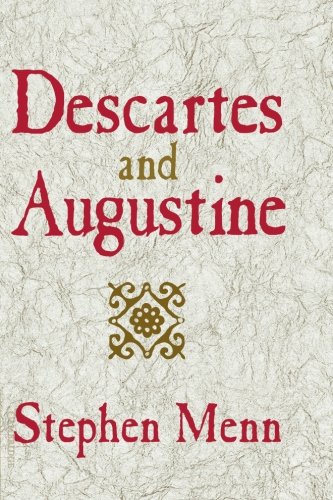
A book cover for Descartes and Augustine; Stephen Menn; Politics & Social Sciences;